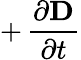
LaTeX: +\, {\frac{\partial\mathbf{D}}{\partial t}}